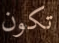
تكون